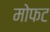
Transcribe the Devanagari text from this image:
मोफट